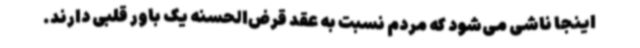
اینجا ناشی می‌شود که مردم نسبت به عقد قرض‌الحسنه یک باور قلبی دارند.